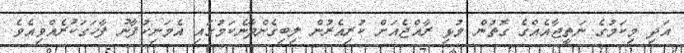
އަދި މިކަމުގެ ނަތީޖާއެއްގެ ގޮތުން މުޅި ރާއްޖެއަށް ކުރިއެރުން ލިބިގެންދާނެކަމުގައި އެމަނިކުފާނު ފާހަގަކުރެއްވިއެވެ.